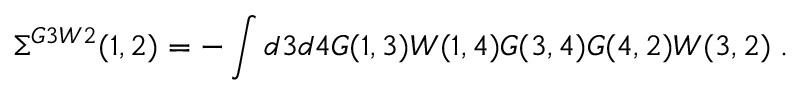
\Sigma ^ { G 3 W 2 } ( 1 , 2 ) = - \int d 3 d 4 G ( 1 , 3 ) W ( 1 , 4 ) G ( 3 , 4 ) G ( 4 , 2 ) W ( 3 , 2 ) \; .